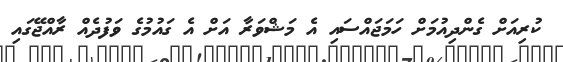
ކުރިއަށް ގެންދިއުމަށް ހަމަޖައްސައި އެ މަޝްވަރާ އަށް އެ ގައުމުގެ ވަފުދެއް ރާއްޖޭގައި